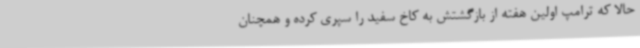
حالا که ترامپ اولین هفته از بازگشتش به کاخ سفید را سپری کرده و همچنان